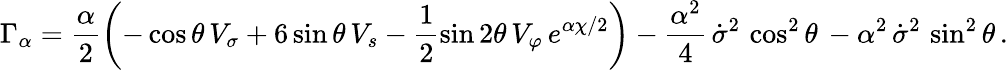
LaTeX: \Gamma_{\alpha}=\frac{\alpha}{2}\left(-\cos\theta\, V_{\sigma}+6\sin\theta\, V_{s}-\frac{1}{2}\sin 2\theta\, V_{\varphi}\, e^{\alpha\chi/2}\right)-\frac{\alpha^{2}}{4}\, \dot{\sigma}^{2}\, \cos^{2}\theta\, -\alpha^{2}\, \dot{\sigma}^{2}\, \sin^{2}\theta\, .